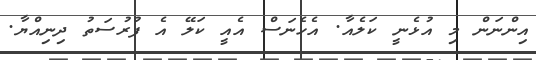
އިންނަން މި އުޅެނީ ކަލެއާ. އެހެނަސް އެއީ ކަލޭ އެ ފުރުސަތު ދިނިއްޔާ.